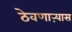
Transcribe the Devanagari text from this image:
ठेवणाऱ्यास